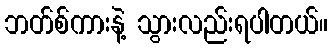
ဘတ်စ်ကားနဲ့ သွားလည်းရပါတယ်။